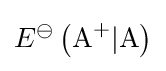
E^{\ominus }\left({\ce {A+}}\vert {\ce {A}}\right)